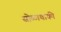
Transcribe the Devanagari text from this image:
सोळाचाकी